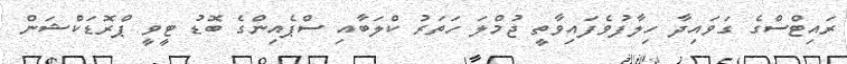
ރައިޓްސްގެ ގަވައިދާ ހިލާފުވެފައިވާތީ ޖުމްލަ ހަތަރު ކްލަބާއި ސްޕެއިންގެ ބޮޑު ޓީވީ ޕްރޮޑަކްޝަން